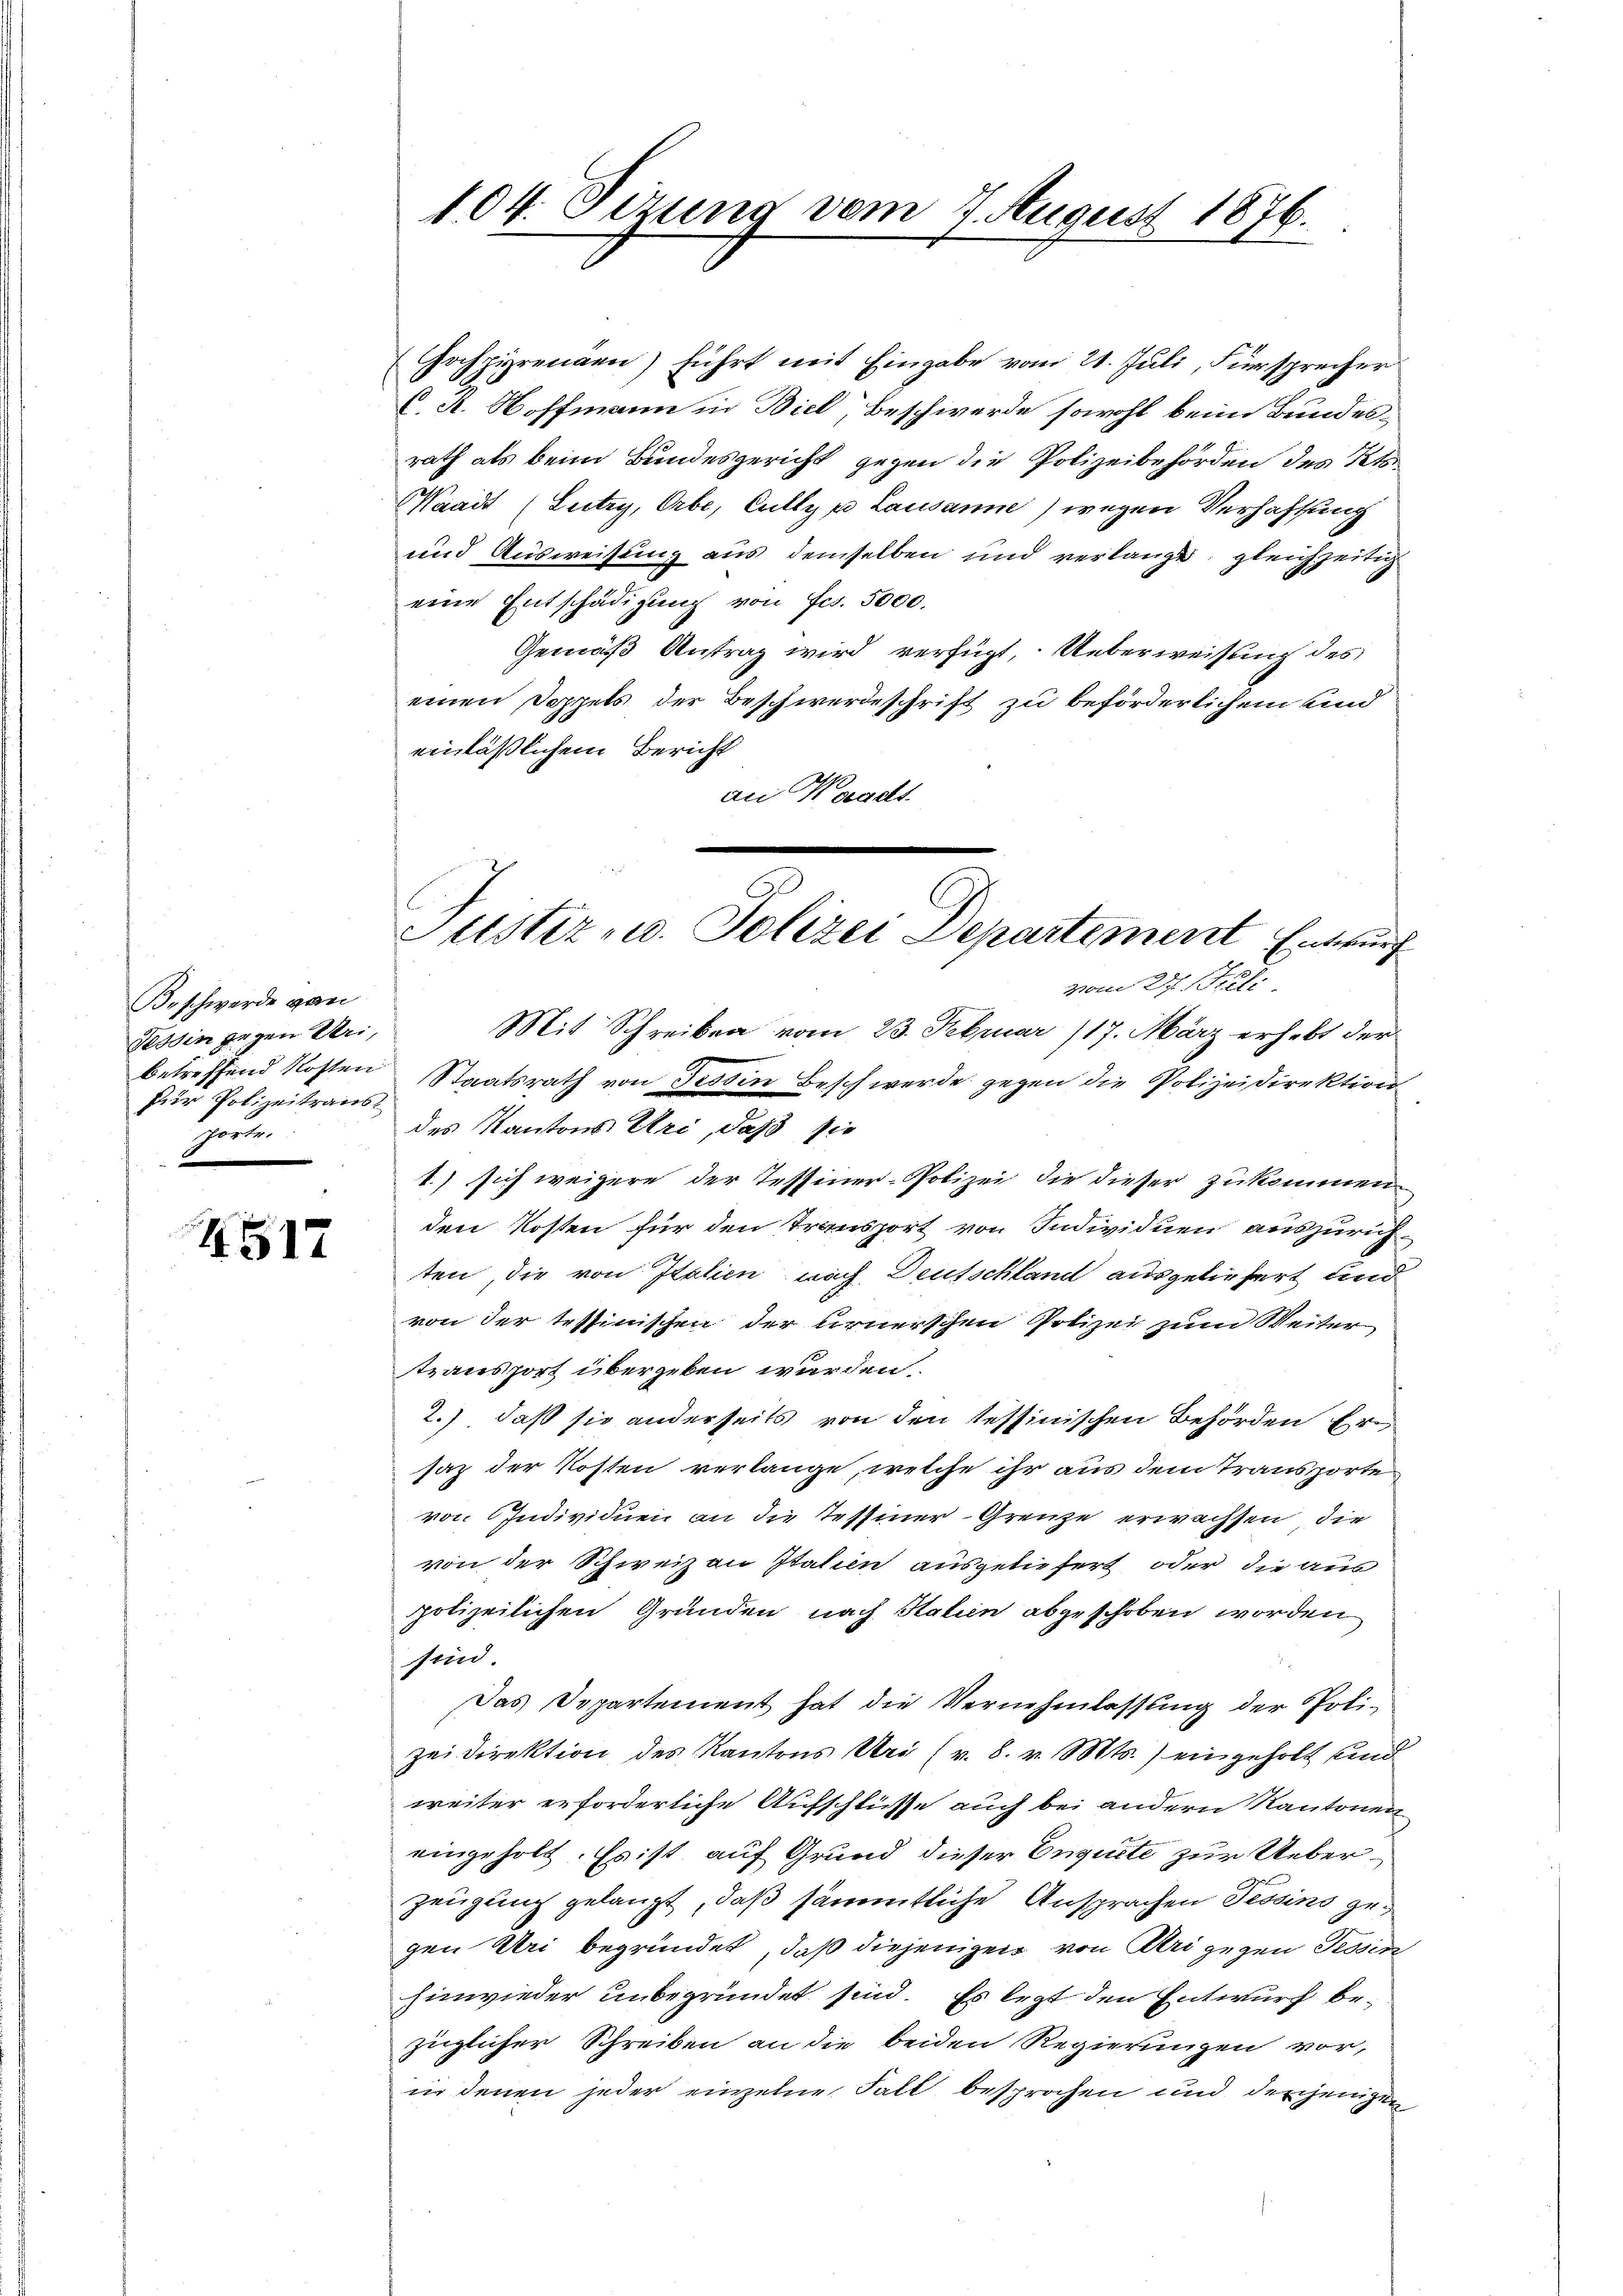
Beschwerde gan
Tessin gegen Uri,
betreffend Kosten
Pur Polizeitraus
porte.

4517

104. Sizung vom 7. August 1876.

n
C
Justiz u. Polizei Departement Entwurf
vom 27. Sept.

Hochpirenden) führt mit Eingabe vom 21. Juli, Fürsprecher
C. A. Hoffmann in Biel Beschwerde sowohl beim Bundes-
rath als beim Bundesgericht gegen die Polizeibehörden des Kts.
Waadt (Lutry, Erbe, Cully v. Lausanne) wegen Verhaftung
und Ausweisung aus demselben und verlangt, gleichzeitig
eine Entschädigung von Fr. 5000.
Gemäß Antrag wird verfügt, Ueberweisung des
einen Doppels der Beschwerdeschrift zu beförderlichem und
einläßlichem Bericht
an Waadt
Mit Schreiben vom 23. Februar 117. März erhebt der
Staatsrath von Tessin Beschwerde gegen die Polizeidirektion
des Kantons Uri, daß sie
1.) sich weigere der Tessiner-Polizei, die dieser zukommenden Kosten für den Transport von Individuen auszurichten die von Italien nach Deutschland ausgeliefert und
von der tessinischen der ernerschen Polizei zum Weiter
tzansport übergeben werden.
2.) daß sie anderseits von den Tessinischen Behörden Ersaz der Kosten verlange, welche ihr aus dem Transporte
von Individuen an die Tessiner-Grenze erwachsen, die
von der Schweizau Italien ausgeliefert oder die aus
polizeilichen Gründen nach Halien abgeschoben worden
sind
Das Departement hat die Vernehmlassung der Poli-
zeidirektion des Kantons Uri (v. 8. v. Mts.) eingeholt und
weiter erforderliche Aufschlüsse auch bei andern Kantonen
eingeholt. Es ist auf Grund dieser Euguite zur Ueberzeugung gelangt, daß sämmtliche Ansprachen Tessins gegen Uri begründet, daß diejeniger von Klei gegen Tessin
hinwieder unbegründet sind. Es legt den Entwurf bezüglicher Schreiben an die beiden Regierungen vor,
in denen jeder einzelne Fall besprochen und derjenigen